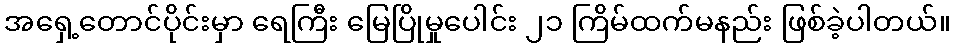
အရှေ့တောင်ပိုင်းမှာ ရေကြီး မြေပြိုမှုပေါင်း ၂၁ ကြိမ်ထက်မနည်း ဖြစ်ခဲ့ပါတယ်။